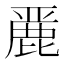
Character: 䴡